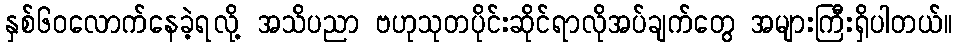
နှစ်၆၀လောက်နေခဲ့ရလို့ အသိပညာ ဗဟုသုတပိုင်းဆိုင်ရာလိုအပ်ချက်တွေ အများကြီးရှိပါတယ်။